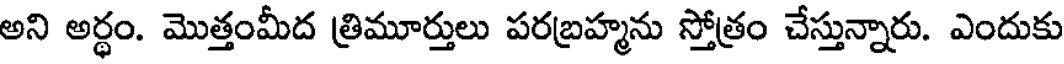
అని అర్థం. మొత్తంమీద త్రిమూర్తులు పరబ్రహ్మను స్తోత్రం చేస్తున్నారు. ఎందుకు